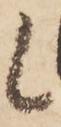
候